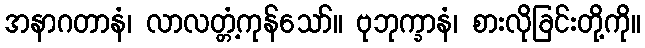
အနာဂတာနံ၊ လာလတ္တံ့ကုန်သော်။ ဗုဘုက္ခာနံ၊ စားလိုခြင်းတို့ကို။